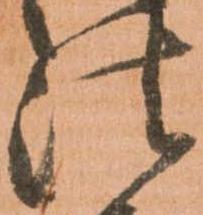
法